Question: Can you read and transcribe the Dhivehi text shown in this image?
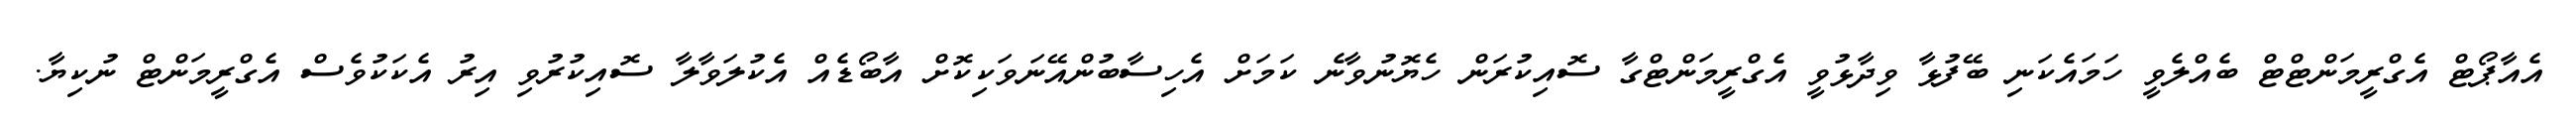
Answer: އެއާޕޯޓް އެގްރީމަންޓްޓް ބެއްލެވީ ހަމައެކަނި ބޭފުޅާ ވިދާޅުވީ އެގްރީމަންޓްގާ ސޮއިކުރަން ހެޔޮނުވާނެ ކަމަށް އެހިސާބުންއޭނަވަކިކޮށް އާބޯޑެއް އެކުލަވާލާ ސޮއިކުރުވި އިރު އެކަކުވެސް އެގްރީމަންޓް ނުކިޔާ.